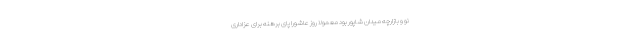
نو و بازارچه میدان شاپور بود معمولاً روز عاشورا پای برهنه برای عزاداری